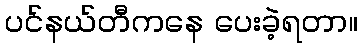
ပင်နယ်တီကနေ ပေးခဲ့ရတာ။